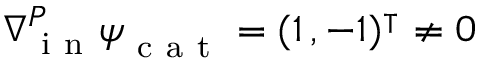
\nabla { } _ { \mathrm { ~ i ~ n ~ } } ^ { P } \boldsymbol \psi _ { \mathrm { ~ c ~ a ~ t ~ } } = ( 1 \, , - 1 ) ^ { \intercal } \neq 0